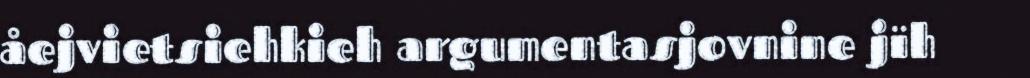
åejvietsiehkieh argumentasjovnine jïh